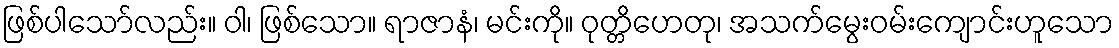
ဖြစ်ပါသော်လည်း။ ဝါ၊ ဖြစ်သော။ ရာဇာနံ၊ မင်းကို။ ဝုတ္တိဟေတု၊ အသက်မွေးဝမ်းကျောင်းဟူသော